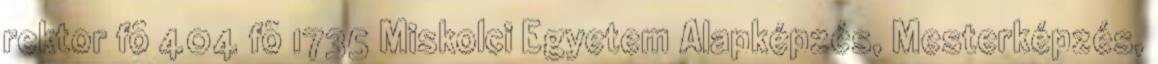
rektor fõ 404 fõ 1735 Miskolci Egyetem Alapképzés, Mesterképzés,